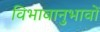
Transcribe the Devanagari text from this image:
विभावानुभावों